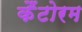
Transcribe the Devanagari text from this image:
कैंटोरम